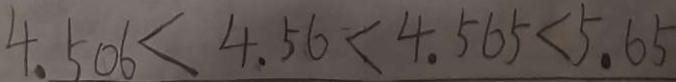
4 . 5 0 6 < 4 . 5 6 < 4 . 5 6 5 < 5 . 6 5